Report of the Indian Hemp Drugs Commission, 1894-1895 - Volume IV
Year: 1894
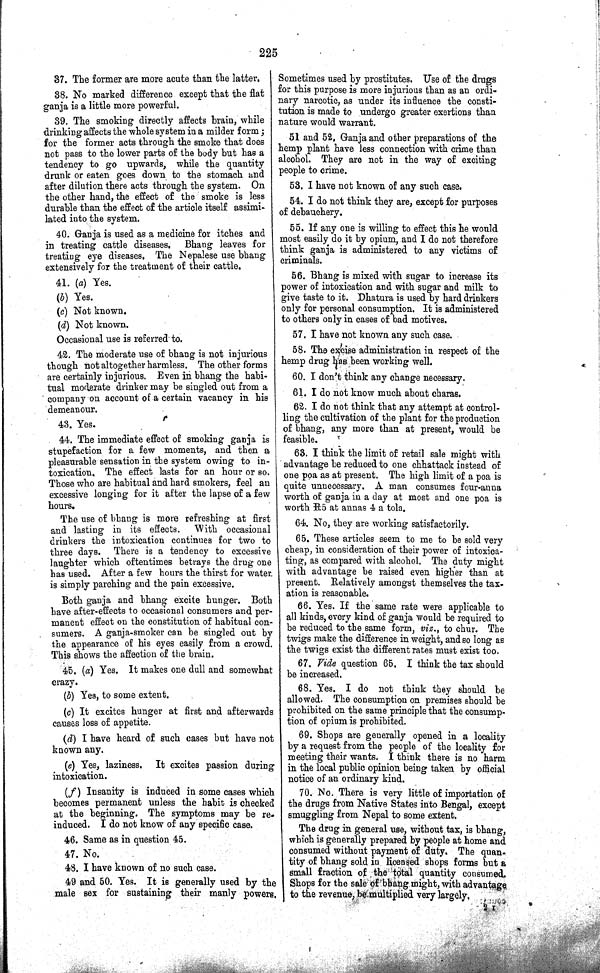
225
37. The former are more acute than the latter.
38. No marked difference except that the flat
ganja is a little more powerful.
39. The smoking directly affects brain, while
drinking affects the whole system in a milder form;
for the former acts through the smoke that does
not pass to the lower parts of the body but has a
tendency to go upwards, while the quantity
drunk or eaten goes down to the stomach and
after dilution there acts through the system. On
the other hand, the effect of the smoke is less
durable than the effect of the article itself assimi-
lated into the system.
40. Ganja is used as a medicine for itches and
in treating cattle diseases. Bhang leaves for
treating eye diseases. The Nepalese use bhang
extensively for the treatment of their cattle.
41. (a) Yes.
(b) Yes.
(c) Not known.
(d) Not known.
Occasional use is referred to.
42. The moderate use of bhang is not injurious
though not altogether harmless. The other forms
are certainly injurious. Even in bhang the habi-
tual moderate drinker may be singled out from a
company on account of a certain vacancy in his
demeanour.
43. Yes.
44. The immediate effect of smoking ganja is
stupefaction for a few moments, and then a
pleasurable sensation in the system owing to in-
toxication. The effect lasts for an hour or so.
Those who are habitual and hard smokers, feel an
excessive longing for it after the lapse of a few
hours.
The use of bhang is more refreshing at first
and lasting in its effects.
With occasional
drinkers the intoxication continues for two to
three days. There is a tendency to excessive
laughter which oftentimes betrays the drug one
has used. After a few hours the thirst for water
is simply parching and the pain excessive.
Both ganja and bhang excite hunger. Both
have after-effects to occasional consumers and per-
manent effect on the constitution of habitual con-
sumers. A ganja-smoker can be singled out by
the appearance of his eyes easily from a crowd.
This shows the affection of the brain.
45. (a) Yes. It makes one dull and somewhat
crazy.
(b) Yes, to some extent.
(c) It excites hunger at first and afterwards
causes loss of appetite.
(d) I have heard of such cases but have not
known any.
(e) Yes, laziness. It excites passion during
intoxication.
(f) Insanity is induced in some cases which
becomes permanent unless the habit is checked
at the beginning. The symptoms may be re-
induced. I do not know of any specific case.
46. Same as in question 45.
47. No.
48. I have known of no such case.
49 and 50. Yes. It is generally used by the
male sex for sustaining their manly powers.
Sometimes used by prostitutes. Use of the drugs
for this purpose is more injurious than as an ordi-
nary narcotic, as under its influence the consti-
tution is made to undergo greater exertions than
nature would warrant.
51 and 52, Ganja and other preparations of the
hemp plant have less connection with crime than
alcohol. They are not in the way of exciting
people to crime.
53. I have not known of any such case.
54. I do not think they are, except for purposes
of debauchery.
55. If any one is willing to effect this he would
most easily do it by opium, and I do not therefore
think ganja is administered to any victims of
criminals.
56. Bhang is mixed with sugar to increase its
power of intoxication and with sugar and milk to
give taste to it. Dhatura is used by hard drinkers
only for personal consumption. It is administered
to others only in cases of bad motives.
57. I have not known any such case.
58. The excise administration in respect of the
hemp drug has been working well.
60. I don't think any change necessary.
61. I do not know much about charas.
62. I do not think that any attempt at control-
ling the cultivation of the plant for the production
of bhang, any more than at present, would be
feasible.
63. I think the limit of retail sale might with
advantage be reduced to one chhattack instead of
one poa as at present. The high limit of a poa is
quite unnecessary. A man consumes four-anna
worth of ganja in a day at most and one poa is
worth R5 at annas 4 a tola.
64. No, they are working satisfactorily.
65. These articles seem to me to be sold very
cheap, in consideration of their power of intoxica-
ting, as compared with alcohol. The duty might
with advantage be raised even higher than at
present. Relatively amongst themselves the tax-
ation is reasonable.
66. Yes. If the same rate were applicable to
all kinds, every kind of ganja would be required to
be reduced to the same form, viz., to chur. The
twigs make the difference in weight, and so long as
the twigs exist the different rates must exist too.
67. Vide question 65. I think the tax should
be increased.
68. Yes. I do not think they should be
allowed. The consumption on premises should be
prohibited on the same principle that the consump-
tion of opium is prohibited.
69. Shops are generally opened in a locality
by a request from the people of the locality for
meeting their wants. I think there is no harm
in the local public opinion being taken by official
notice of an ordinary kind.
70. No. There is very little of importation of
the drugs from Native States into Bengal, except
smuggling from Nepal to some extent,
The drug in general use, without tax, is bhang,
which is generally prepared by people at home and
consumed without payment of duty. The quan-
tity of bhang sold in licensed shops forms but a
small fraction of the total quantity consumed.
Shops for the sale of bhang might, with advantage
to the revenue, be multiplied very largely,
2 I